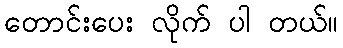
တောင်းပေး လိုက် ပါ တယ်။